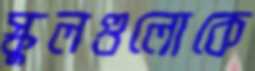
স্কুলগুলোকে